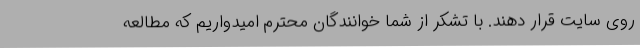
روی سایت قرار دهند. با تشکر از شما خوانندگان محترم امیدواریم که مطالعه